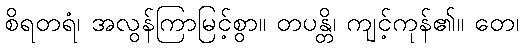
စိရတရံ၊ အလွန်ကြာမြင့်စွာ။ တပန္တိ၊ ကျင့်ကုန်၏။ တေ၊